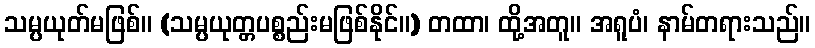
သမ္ပယုတ်မဖြစ်။ (သမ္ပယုတ္တပစ္စည်းမဖြစ်နိုင်။) တထာ၊ ထို့အတူ။ အရူပံ၊ နာမ်တရားသည်။